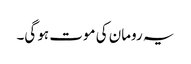
یہ رومان کی موت ہو گی۔